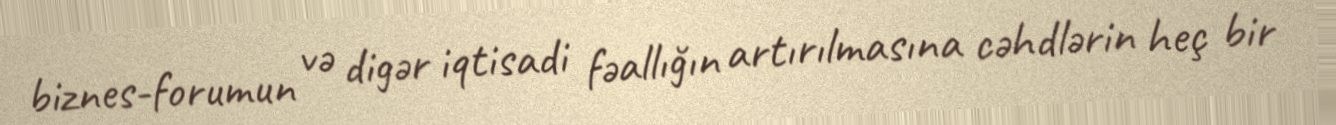
biznes-forumun və digər iqtisadi fəallığın artırılmasına cəhdlərin heç bir